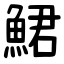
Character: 鮶